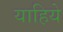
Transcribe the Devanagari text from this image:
याहिये